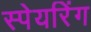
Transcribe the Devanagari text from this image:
स्पेयरिंग